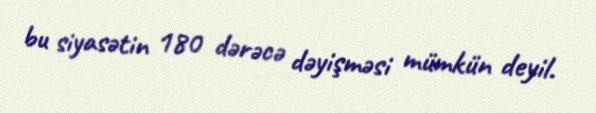
bu siyasətin 180 dərəcə dəyişməsi mümkün deyil.